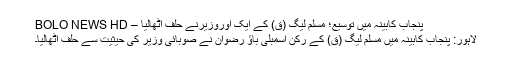
پنجاب کابینہ میں توسیع؛ مسلم لیگ (ق) کے ایک اوروزیرنے حلف اٹھالیا – BOLO NEWS HD
لاہور: پنجاب کابینہ میں مسلم لیگ (ق) کے رکن اسمبلی باؤ رضوان نے صوبائی وزیر کی حیثیت سے حلف اٹھالیا۔